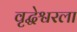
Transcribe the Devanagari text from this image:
वृद्धेश्वरला